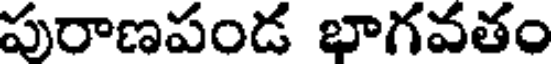
పురాణపండ భాగవతం